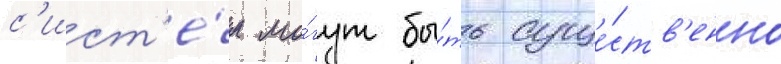
с'ист'е́м мо́гут бы́ть суще́ств'енно